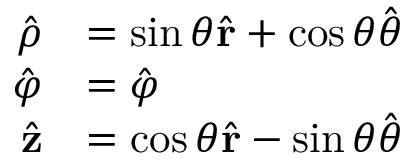
{ \begin{array} { r l } { { \hat { \boldsymbol { \rho } } } } & { = \sin \theta { \hat { \mathbf { r } } } + \cos \theta { \hat { \boldsymbol { \theta } } } } \\ { { \hat { \boldsymbol { \varphi } } } } & { = { \hat { \boldsymbol { \varphi } } } } \\ { { \hat { \mathbf { z } } } } & { = \cos \theta { \hat { \mathbf { r } } } - \sin \theta { \hat { \boldsymbol { \theta } } } } \end{array} }